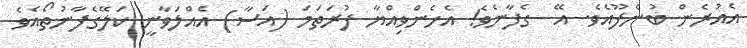
އެއުރެން ބުނެފޫއެވެ. އޭ  ގެފާނެވެ! އެހެންވިއްޔާ ފުރަތަމަ (އަސާ) އެއްލަވާނީ ކަލޭގެފާނުތޯއެވެ